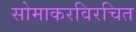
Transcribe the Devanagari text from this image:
सोमाकरविरचित